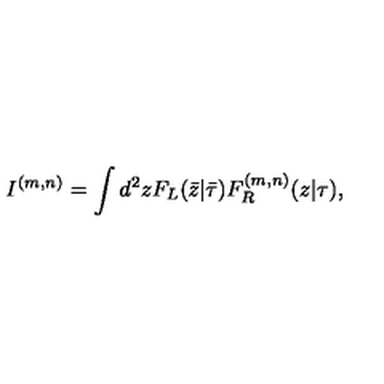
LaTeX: I ^ { ( m , n ) } = \int d ^ { 2 } z F _ { L } ( \bar { z } | \bar { \tau } ) F _ { R } ^ { ( m , n ) } ( z | \tau ) ,